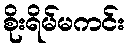
စိုးရိမ်မကင်း